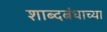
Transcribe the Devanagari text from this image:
शाब्दबंधाच्या